Elephants and their diseases
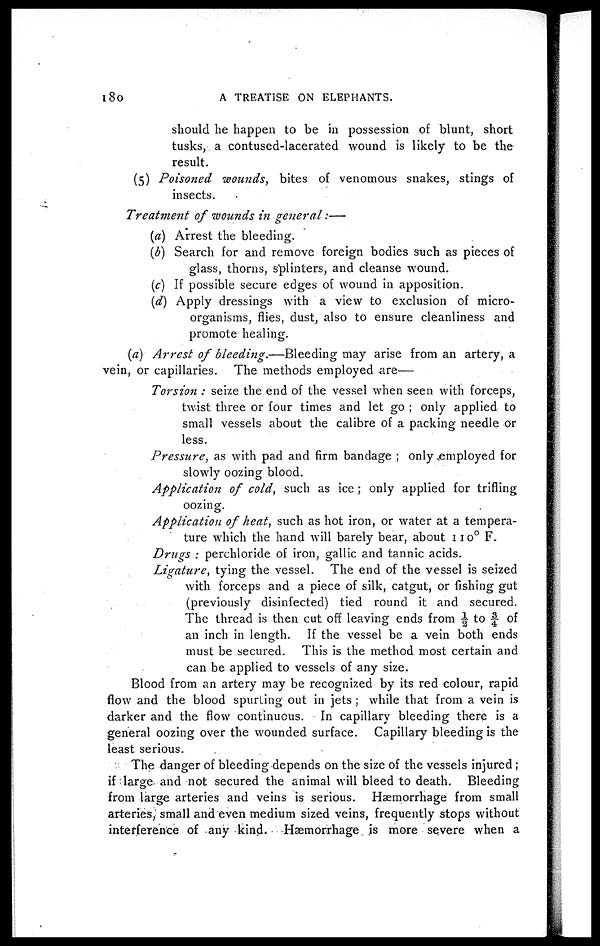
180
A TREATISE ON ELEPHANTS.
should he happen to be in possession of blunt, short
tusks, a contused-lacerated wound is likely to be the
result.
(5) Poisoned wounds, bites of venomous snakes, stings of
insects.
Treatment of wounds in general:—
(a) Arrest the bleeding.
(b) Search for and remove foreign bodies such as pieces of
glass, thorns, splinters, and cleanse wound.
(c) If possible secure edges of wound in apposition.
(d) Apply dressings with a view to exclusion of micro-
organisms, flies, dust, also to ensure cleanliness and
promote healing.
(a) Arrest of bleeding.—Bleeding may arise from an artery, a
vein, or capillaries. The methods employed are—
Torsion : seize the end of the vessel when seen with forceps,
twist three or four times and let go ; only applied to
small vessels about the calibre of a packing needle or
less.
Pressure, as with pad and firm bandage ; only employed for
slowly oozing blood.
Application of cold, such as ice ; only applied for trifling
oozing.
Application of heat, such as hot iron, or water at a tempera-
ture which the hand will barely bear, about 110° F.
Drugs : perchloride of iron, gallic and tannic acids.
Ligature, tying the vessel. The end of the vessel is seized
with forceps and a piece of silk, catgut, or fishing gut
(previously disinfected) tied round it and secured.
The thread is then cut off leaving ends from ½ to ¾ of
an inch in length. If the vessel be a vein both ends
must be secured. This is the method most certain and
can be applied to vessels of any size.
Blood from an artery may be recognized by its red colour, rapid
flow and the blood spurting out in jets ; while that from a vein is
darker and the flow continuous. In capillary bleeding there is a
general oozing over the wounded surface. Capillary bleeding is the
least serious.
The danger of bleeding depends on the size of the vessels injured;
if large and not secured the animal will bleed to death. Bleeding
from large arteries and veins is serious. Haemorrhage from small
arteries, small and even medium sized veins, frequently stops without
intefierenGe of any kind. Hæmorrhage, is more severe when a